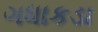
ગધાકડા